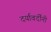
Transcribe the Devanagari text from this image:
दर्यावर्दींनी